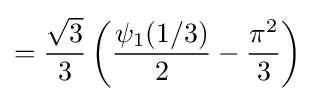
={\frac {\sqrt {3}}{3}}\left({\frac {\psi _{1}(1/3)}{2}}-{\frac {\pi ^{2}}{3}}\right)